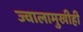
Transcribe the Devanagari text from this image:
ज्वालामुखीही